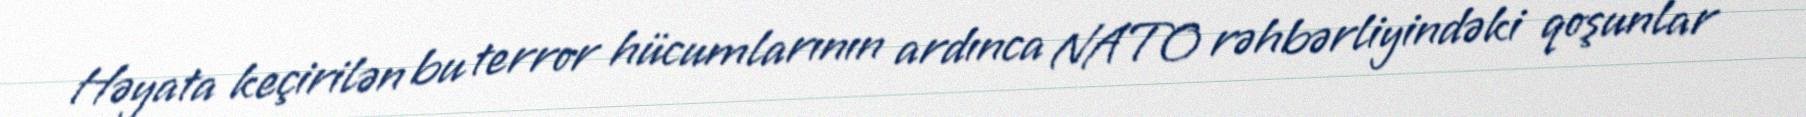
Həyata keçirilən bu terror hücumlarının ardınca NATO rəhbərliyindəki qoşunlar